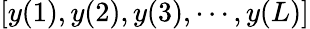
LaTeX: \left[y(1),y(2),y(3),\cdots,y(L)\right]